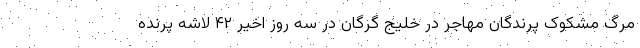
مرگ مشکوک پرندگان مهاجر در خلیج گرگان در سه روز اخیر ۴۲ لاشه پرنده